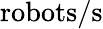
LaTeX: \mathrm{robots}/\mathrm{s}